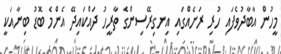
މީހުން އާބާދުވެފައި ހުރި ރަށެއްގައި އިނގިރޭސިންގެ ތާރީހު ދައްކައިދޭ އެންމެ ބޮޑު ބިނާއަކީ